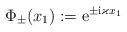
LaTeX: \begin{align*}\Phi_\pm (x_1) := \mathrm{e}^{\pm \mathrm i \varkappa x_1} \end{align*}